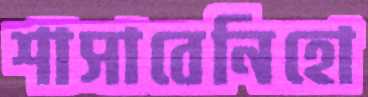
শাসাবেনিহো